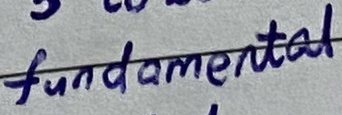
Text: fundamental